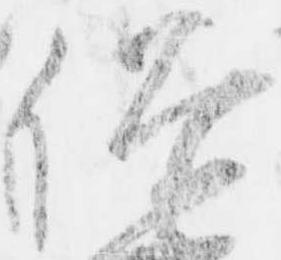
俗